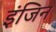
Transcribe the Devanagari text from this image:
इंजिन